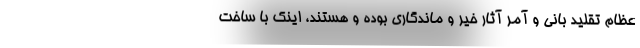
عظام تقلید بانی و آمر آثار خیر و ماندگاری بوده و هستند، اینک با ساخت